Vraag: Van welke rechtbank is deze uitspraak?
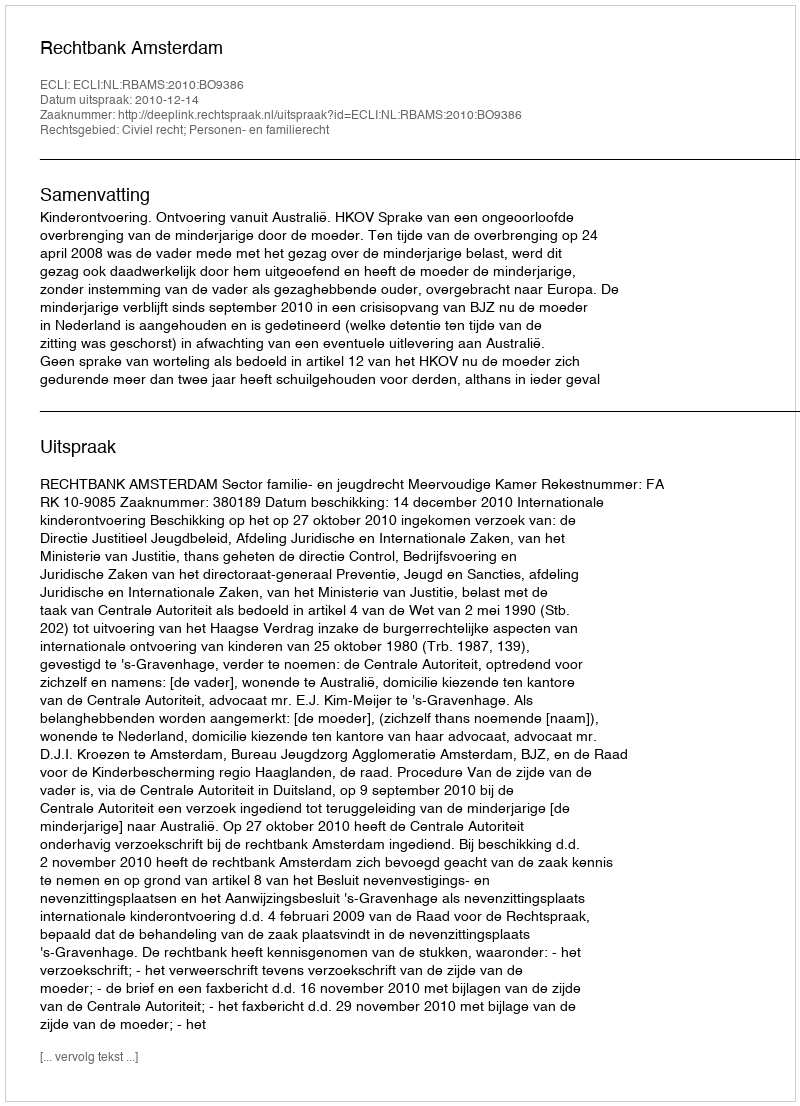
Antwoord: Rechtbank Amsterdam